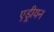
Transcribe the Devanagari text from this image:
एड्रीयन